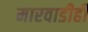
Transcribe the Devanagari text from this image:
मारवाडीही